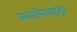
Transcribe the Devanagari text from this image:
समशेरबहद्दर